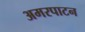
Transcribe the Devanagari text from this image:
अमरपाटन